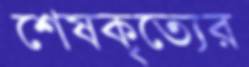
শেষকৃত্যের